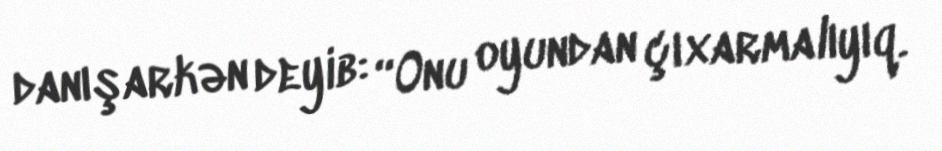
danışarkən deyib: “Onu oyundan çıxarmalıyıq.